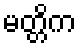
မတ္တိက